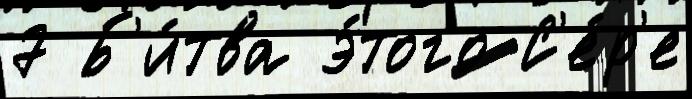
7 Б'и́тва э́того С'е́р'е